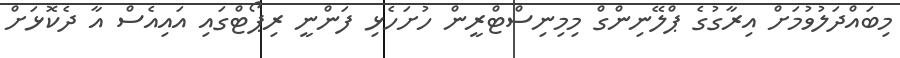
މިބައްދަލުވުމަށް އިރާގުގެ ޕްލޭނިންގް މިމިނިސްޓްރީން ހުށަހެޅި ފަންނީ ރިޕޯޓްގައި އައިއެސް އާ ދެކޮޅަށް